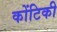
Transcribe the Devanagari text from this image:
कोंटिकी